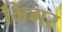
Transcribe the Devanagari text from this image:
भिंगर